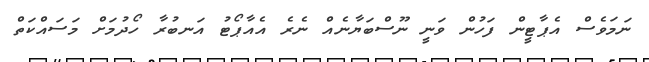
ނަމަވެސް އެޕާޓީން ފަހުން ވަނީ ނޫސްބަޔާނެއް ނެރެ އެއާޕޯޓު އަނބުރާ ހޯދުމަށް މަސައްކަތް